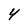
Character: 4